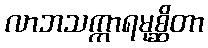
လာဘသက္ကာရမုစ္ဆိတာ